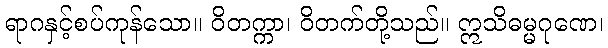
ရာဂနှင့်စပ်ကုန်သော။ ဝိတက္ကာ၊ ဝိတက်တို့သည်။ ဣသိဓမ္မဂုဏေ၊